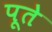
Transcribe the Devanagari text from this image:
पूते